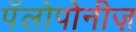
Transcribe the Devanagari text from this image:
पॅलोपोनीज़